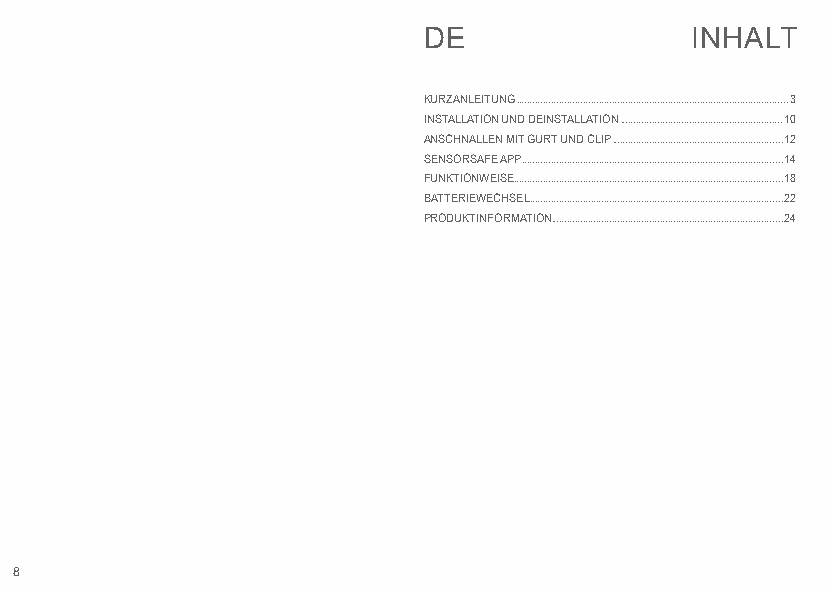
DE                INHALT
 KURZANLEITUNG ......................................................................................................3
 INSTALLATION UND DEINSTALLATION .............................................................10
 ANSCHNALLEN MIT GURT UND CLIP ................................................................12
 SENSORSAFE APP ..................................................................................................14
 FUNKTIONWEISE .....................................................................................................18
 BATTERIEWECHSEL ...............................................................................................22
 PRODUKTINFORMATION.......................................................................................24
 8